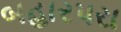
બહારપરા